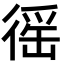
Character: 徭